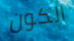
الكون